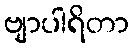
ဗျာပါရိတာ